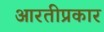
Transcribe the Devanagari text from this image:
आरतीप्रकार